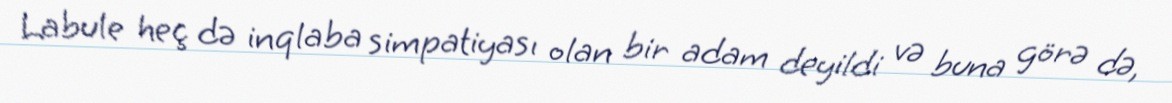
Labule heç də inqlaba simpatiyası olan bir adam deyildi və buna görə də,